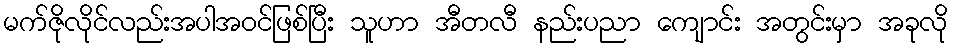
မက်ဇိုလိုင်လည်းအပါအဝင်ဖြစ်ပြီး သူဟာ အီတလီ နည်းပညာ ကျောင်း အတွင်းမှာ အခုလို